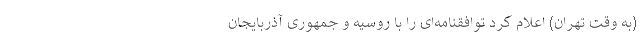
(به وقت تهران) اعلام کرد توافقنامه‌ای را با روسیه و جمهوری آذربایجان